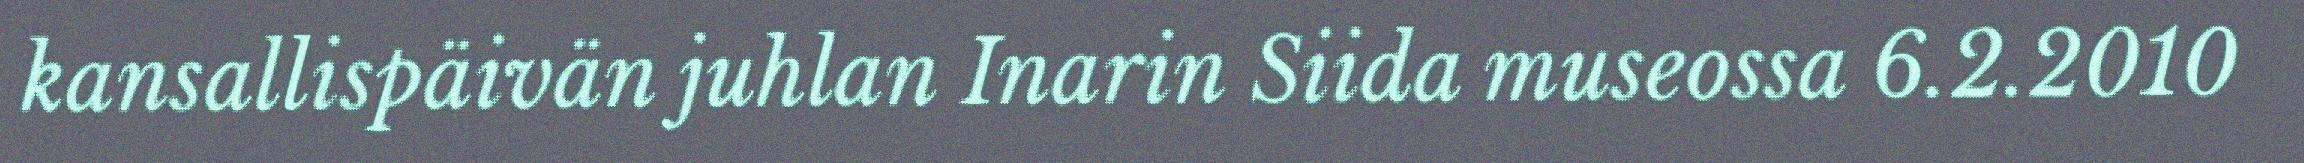
kansallispäivän juhlan Inarin Siida museossa 6.2.2010